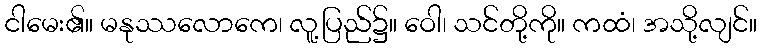
ငါမေး၏။ မနုဿလောကေ၊ လူ့ပြည်၌။ ဝေါ၊ သင်တို့ကို။ ကထံ၊ အသို့လျင်။